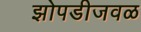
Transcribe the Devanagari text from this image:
झोपडीजवळ